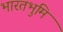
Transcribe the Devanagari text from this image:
भारतभुमि